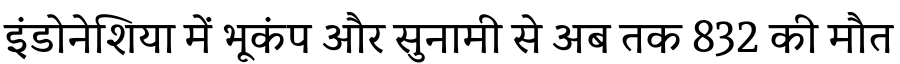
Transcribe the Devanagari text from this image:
इंडोनेशिया में भूकंप और सुनामी से अब तक 832 की मौत